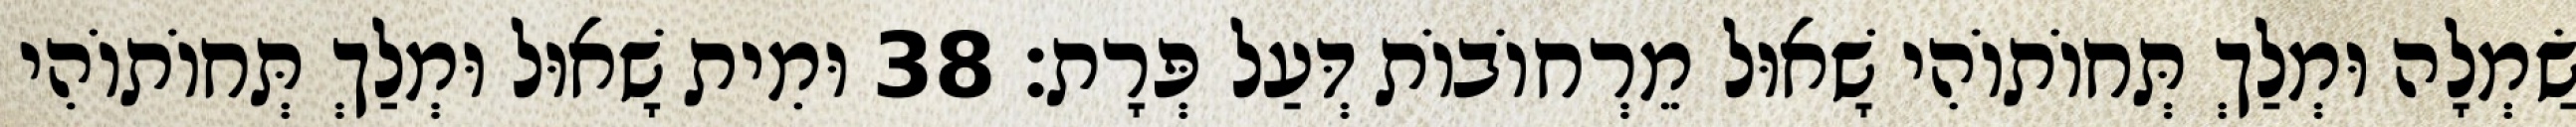
שַׂמְלָה וּמְלַךְ תְּחוֹתוֹהִי שָׁאוּל מֵרְחוֹבוֹת דְּעַל פְּרָת׃ 38 וּמִית שָׁאוּל וּמְלַךְ תְּחוֹתוֹהִי